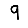
Digit: 9